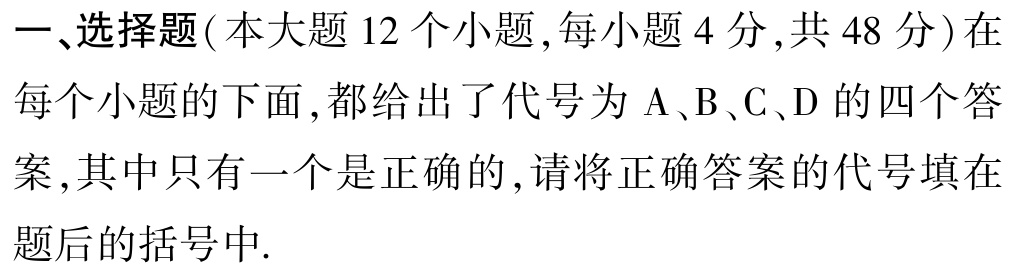
一、选择题(本大题 12 个小题,每小题 4 分,共 48 分)在每个小题的下面,都给出了代号为 A、B、C、D 的四个答案,其中只有一个是正确的,请将正确答案的代号填在题后的括号中.